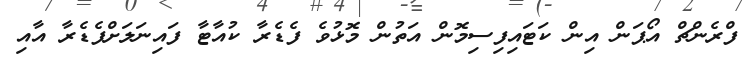
ފްރެންޗް އޯޕަން އިން ކަޓައިފިސިމޮން އަތުން މޮޅުވެ ފެޑެރާ ކުއާޓާ ފައިނަލަށްފެޑެރާ އާއި